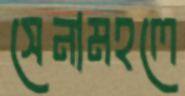
সেনামহলে